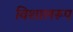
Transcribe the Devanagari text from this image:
विशालरूप